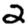
Digit: 2